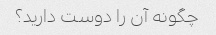
چگونه آن را دوست دارید؟